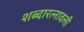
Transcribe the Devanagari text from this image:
शब्दारत्नावली